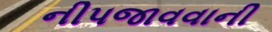
નીપજાવવાની